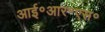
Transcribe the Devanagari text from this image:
आई॰आर॰एस॰